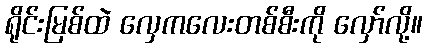
ရိုင်းမြစ်ထဲ လှေကလေးတစ်စီးကို လှော်လို့။